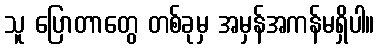
သူ ပြောတာတွေ တစ်ခုမှ အမှန်အကန်မရှိပါ။